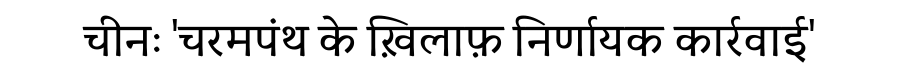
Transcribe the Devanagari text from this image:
चीनः 'चरमपंथ के ख़िलाफ़ निर्णायक कार्रवाई'